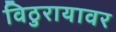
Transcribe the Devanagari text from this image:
विठुरायावर